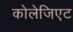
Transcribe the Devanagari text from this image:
कोलेजिएट